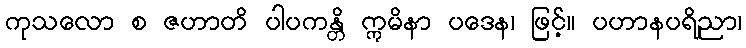
ကုသလော စ ဇဟာတိ ပါပကန္တိ ဣမိနာ ပဒေန၊ ဖြင့်။ ပဟာနပရိညာ၊